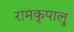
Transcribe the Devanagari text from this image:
रामकृपालु